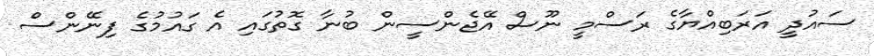
ސައުދީ އަރަބިއްޔާގެ ރަސްމީ ނޫސް އޭޖެންސީން ބުނާ ގޮތުގައި އެ ގައުމުގެ ފިނޭންސް